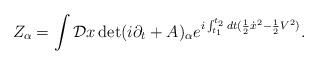
LaTeX: \begin{align*}Z_{\alpha} = \int {\cal D} x \det ( i\partial_t + A )_{\alpha} e^{i\int_{t_1}^{t_2} dt ({1\over 2} {\dot x}^2 - {1\over 2} V^2 )}.\end{align*}